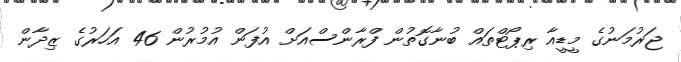
ޖަރުމަނުގެ މީޑީއާ ރިޕޯޓްތައް ބުނާގޮތުން ފްރާންސްއަށް އުފަން އުމުރުން 46 އަހަރުގެ ޒިދާން